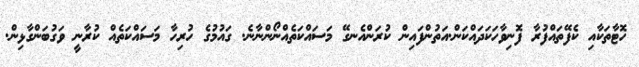
ހޮޓާތަކާއި ކެފޭތައްފުރާ ފޮނިވާހަކަދައްކަން.އަތުންފައިން ކުރަންއެނގޭ މަސައްކަތެއްނޯންނާނެ. ގައުމުގެ ހުރިހާ މަސައްކަތެއް ކުރާނީ ވަގުބަންގާޅިން.